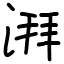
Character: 湃